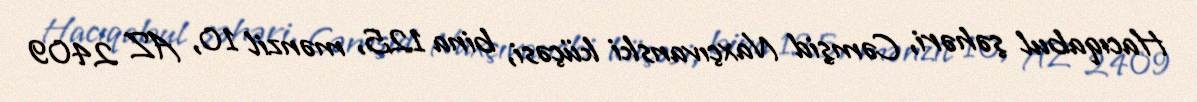
Hacıqabul şəhəri, Cəmşid Naxçıvanski küçəsi, bina 125, mənzil 10, AZ 2409